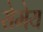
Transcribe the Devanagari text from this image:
सेमेय